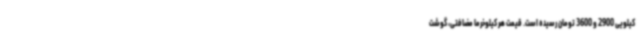
کیلویی 2900 و 3600 تومان رسیده است. قیمت هر کیلوخرما مضافتی، گوشت